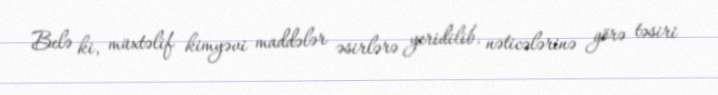
Belə ki, müxtəlif kimyəvi maddələr əsirlərə yeridilib, nəticələrinə görə təsiri